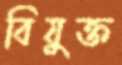
বিযুক্ত